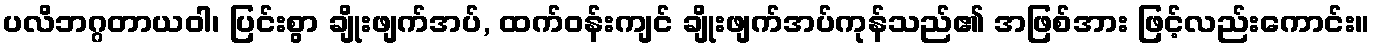
ပလိဘဂ္ဂတာယဝါ၊ ပြင်းစွာ ချိုးဖျက်အပ်, ထက်ဝန်းကျင် ချိုးဖျက်အပ်ကုန်သည်၏ အဖြစ်အား ဖြင့်လည်းကောင်း။